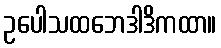
ဥပေါသထဘေဒါဒိကထာ။